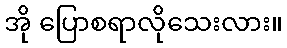
အို ပြောစရာလိုသေးလား။